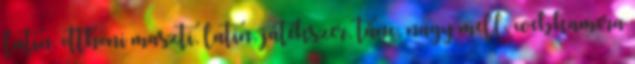
latin, otthoni maszti, latin, játékszer, tánc, nagy mell, webkamera